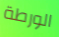
الورطة